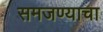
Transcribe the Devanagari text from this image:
समजण्याचा